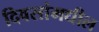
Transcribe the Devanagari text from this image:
दिवसांमधील